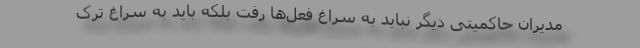
مدیران حاکمیتی دیگر نباید به سراغ فعل‌ها رفت بلکه باید به سراغ ترک